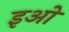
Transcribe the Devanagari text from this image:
इओ